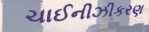
ચાઈનીઝીકરણ